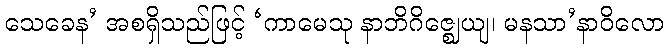
သေခေန’ အစရှိသည်ဖြင့် ‘ကာမေသု နာဘိဂိဇ္ဈေယျ၊ မနသာ’နာဝိလော